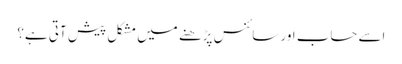
اسے حساب اور سائنس پڑھنے میں مشکل پیش آتی ہے؟